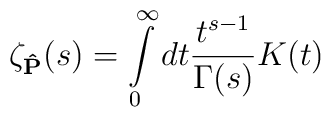
\zeta_{\bf{\hat{P}}}(s)=\int\limits_{0}^{\infty} dt\frac{ t^{s-1}}{\Gamma(s)}K(t)